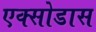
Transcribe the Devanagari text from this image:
एक्सोडास